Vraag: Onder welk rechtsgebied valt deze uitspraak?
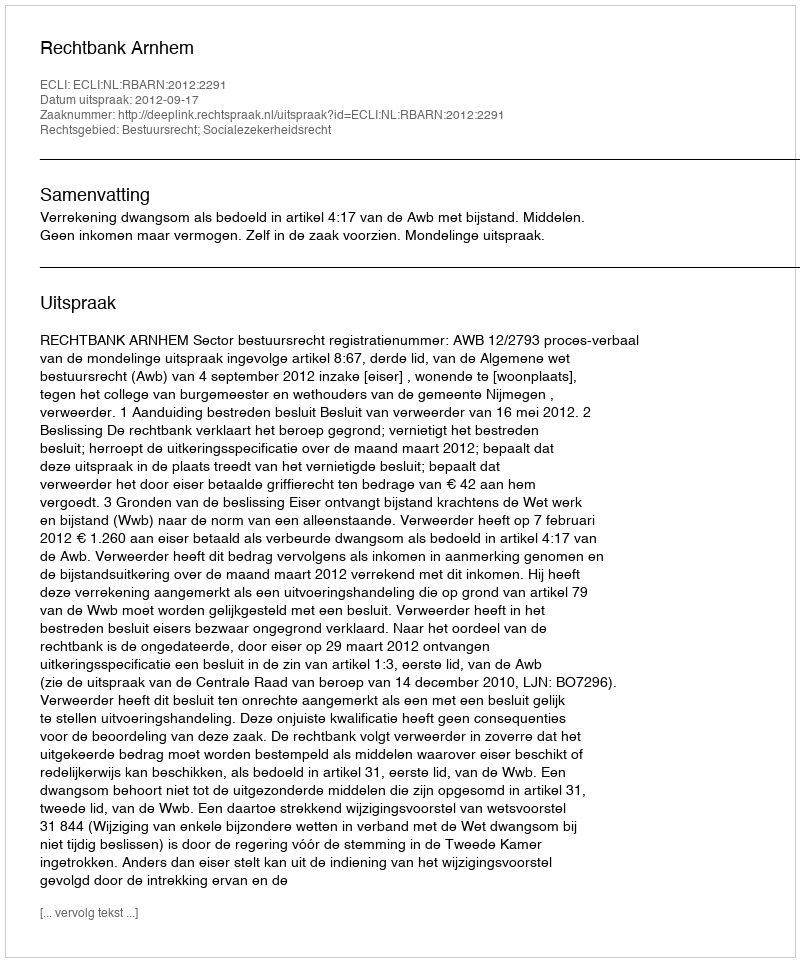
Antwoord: Bestuursrecht; Socialezekerheidsrecht